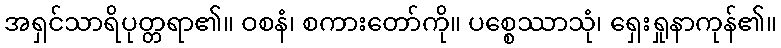
အရှင်သာရိပုတ္တရာ၏။ ဝစနံ၊ စကားတော်ကို။ ပစ္စေဿာသုံ၊ ရှေးရှုနာကုန်၏။